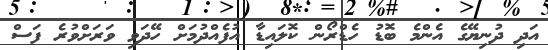
އަދި ދުނިޔޭގެ އެންމެ ބޮޑު ހެޑްރޯން ކޮލައިޑާ އުފެއްދުމަށް ހޭދަވި ވަރަށްވުރެ ފަސް